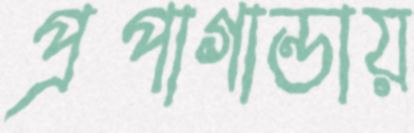
প্রপাগান্ডায়